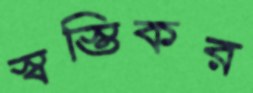
স্বস্তিকর